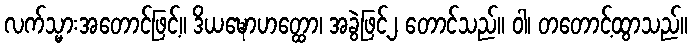
လက်သ္မားအတောင်ဖြင့်။ ဒိယဍ္ဎောဟတ္ထော၊ အခွဲဖြင့်၂ တောင်သည်။ ဝါ၊ တတောင့်ထွာသည်။